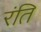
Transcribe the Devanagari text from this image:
रंति